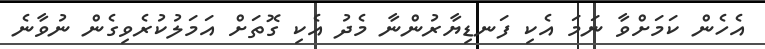
އެހެން ކަމަށްވާ ނަމަ އެކި ފަނޑިޔާރުންނާ މެދު އެކި ގޮތަށް އަމަލުކުރެވިގެން ނުވާނެ